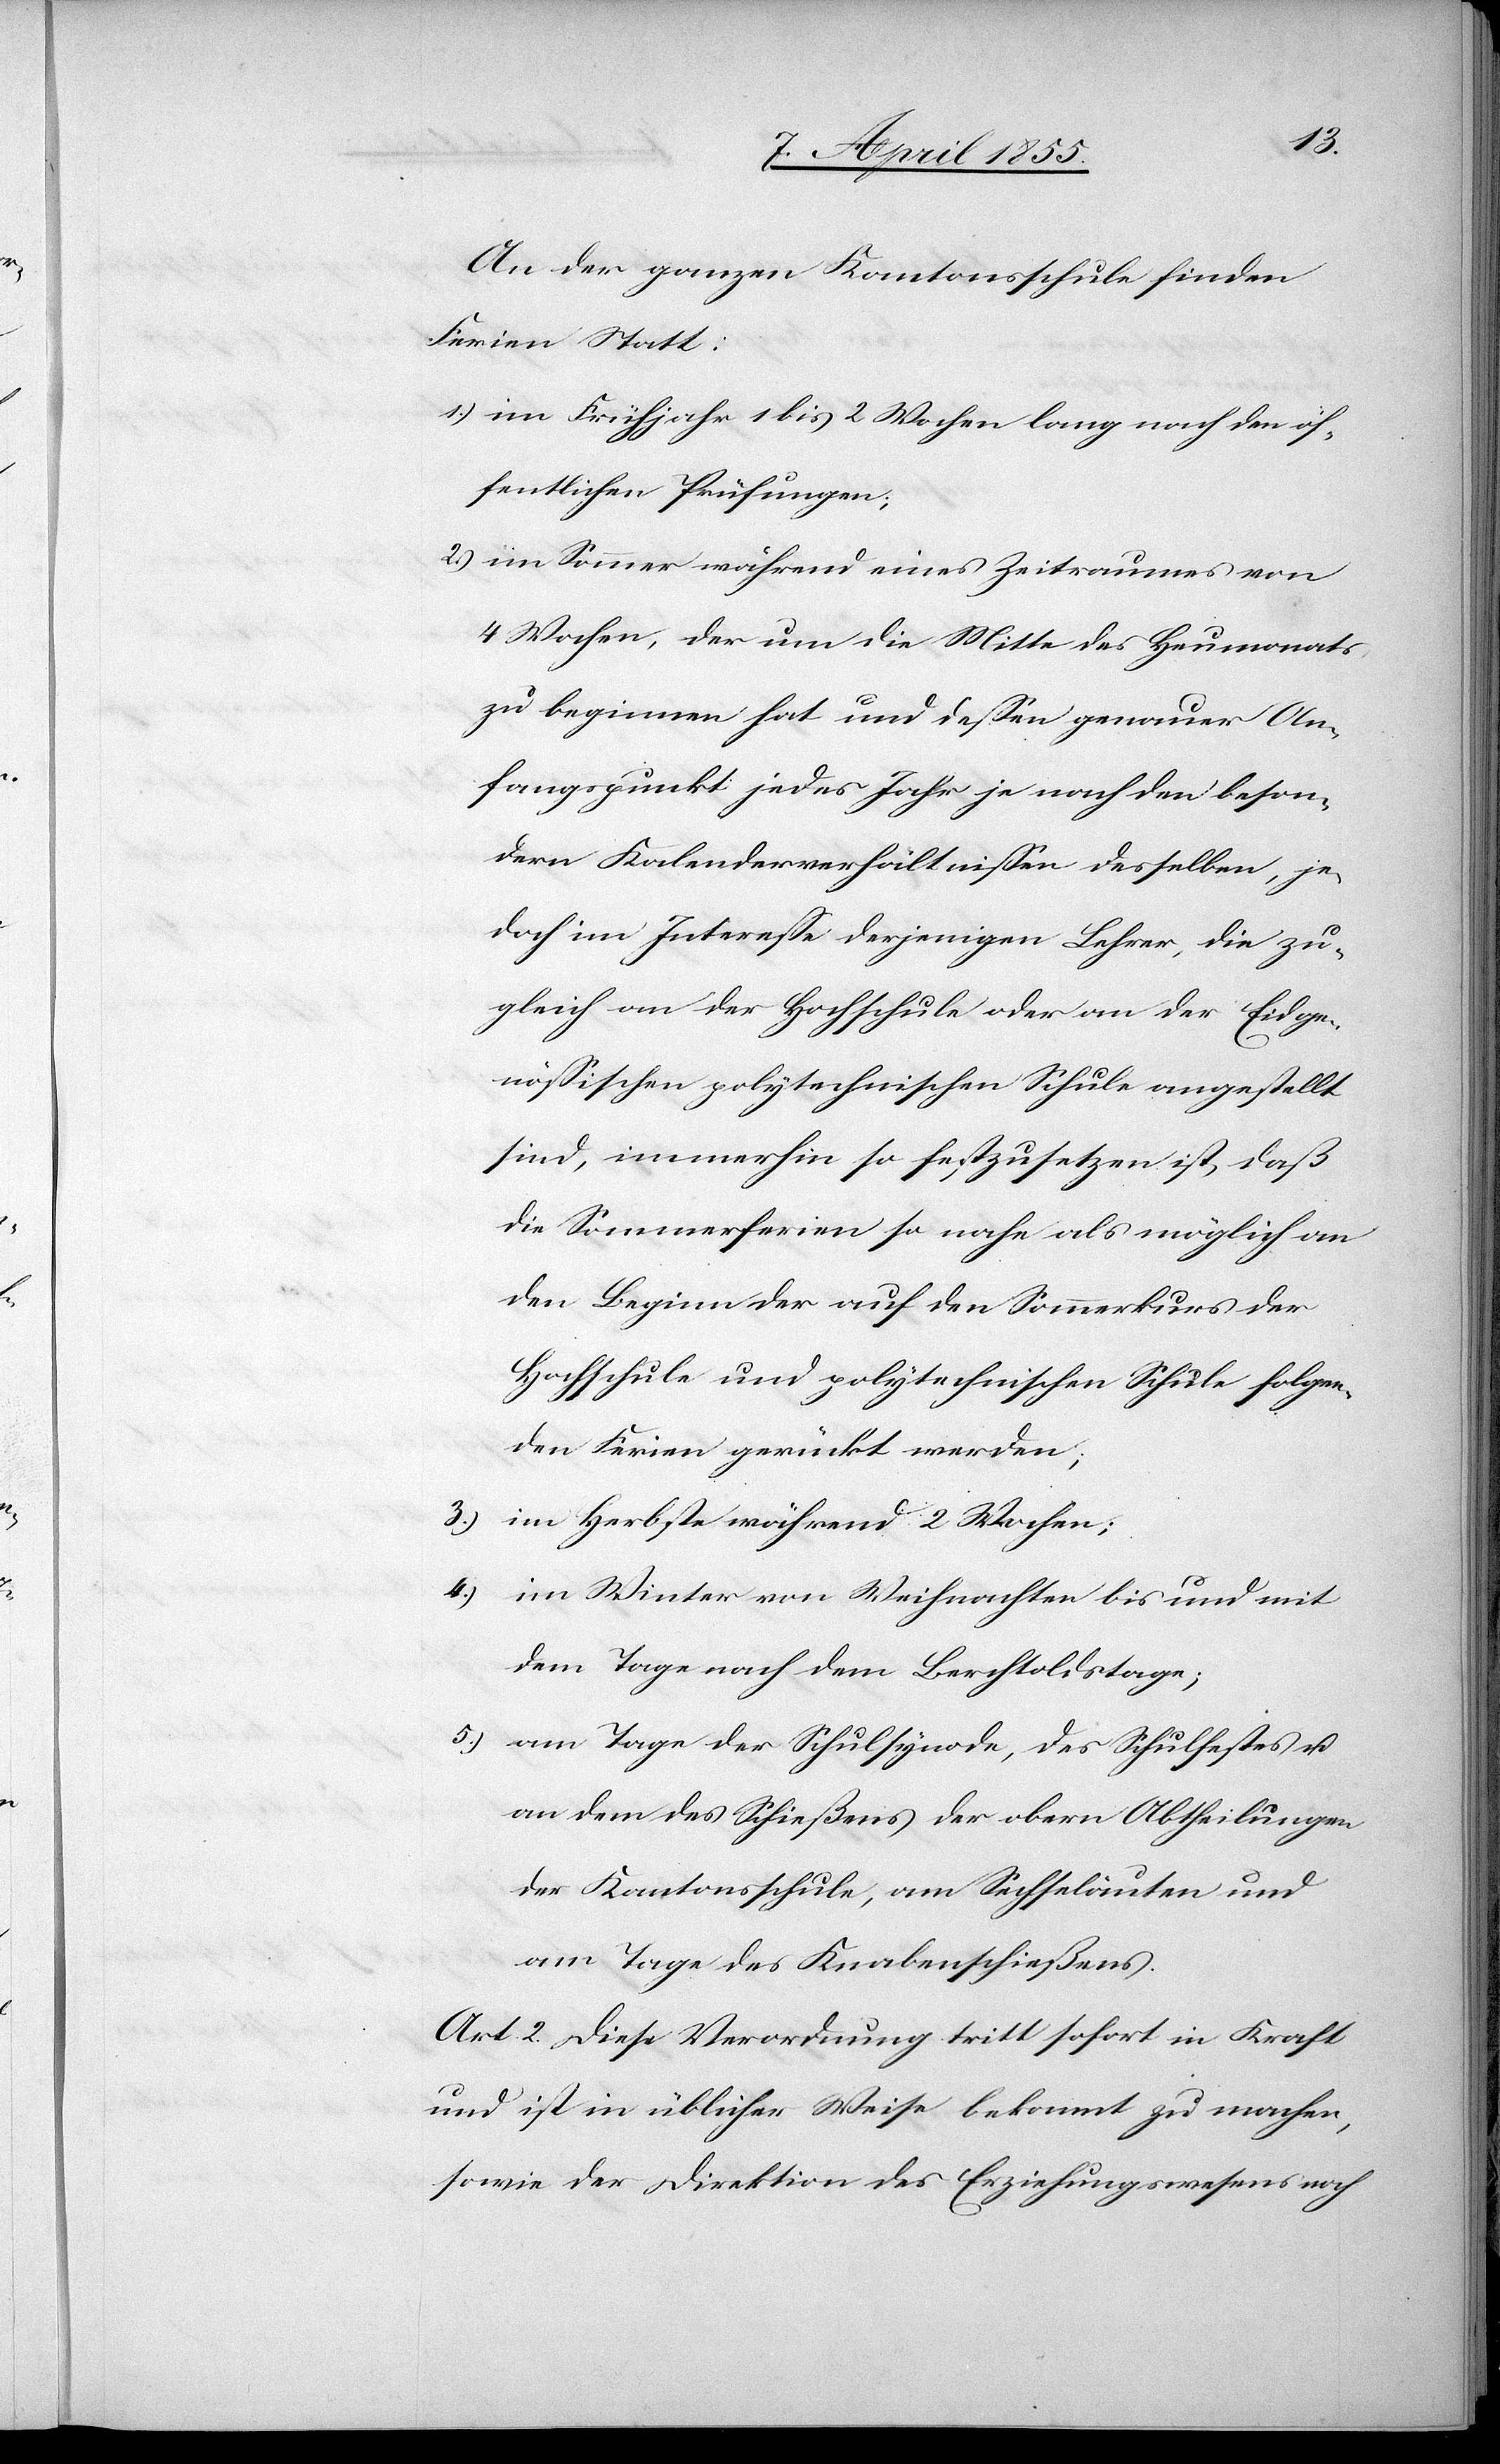
An der ganzen Kantonsschule finden
Ferien Statt:
im Frühjahr 1 bis 2 Wochen lang nach den öf¬
fentlichen Prüfungen;
im Sommer während eines Zeitraumes von
4 Wochen, der um die Mitte des Heumonats
zu beginnen hat und dessen genauer An¬
fangspunkt jedes Jahr je nach den beson¬
dern Kalenderverhältnissen desselben, je¬
doch im Interesse derjenigen Lehrer, die zu¬
gleich an der Hochschule oder an der Eidge¬
nössischen polytechnischen Schule angestellt
sind, immerhin so festzusetzen ist, daß
die Sommerferien so nahe als möglich an
den Beginn der auf den Sommerkurs der
Hochschule und polytechnischen Schule folgen¬
den Ferien gerückt werden;
im Herbste während 2 Wochen;
im Winter von Weihnachten bis und mit
dem Tage nach dem Berchtoldstage;
am Tage der Schulsynode, des Schulfestes u.
an dem des Schießens der obern Abtheilungen
der Kantonsschule, am Sechseläuten und
am Tage des Knabenschießens.
Art. 2. Diese Verordnung tritt sofort in Kraft
und ist in üblicher Weise bekannt zu machen,
sowie der Direktion des Erziehungswesens noch